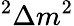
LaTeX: ^2\Delta m^{2}